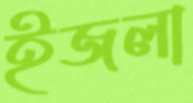
ইজলা